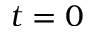
t = 0